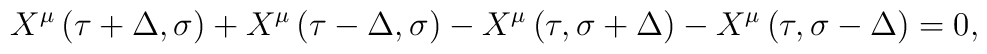
X^\mu \left( \tau +\Delta ,\sigma \right) +X^\mu \left( \tau -\Delta ,\sigma\right) -X^\mu \left( \tau ,\sigma +\Delta \right) -X^\mu \left( \tau,\sigma -\Delta \right) =0,